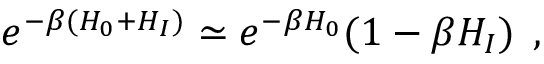
e ^ { - \beta ( H _ { 0 } + H _ { I } ) } \simeq e ^ { - \beta H _ { 0 } } ( 1 - \beta H _ { I } ) \; \, ,